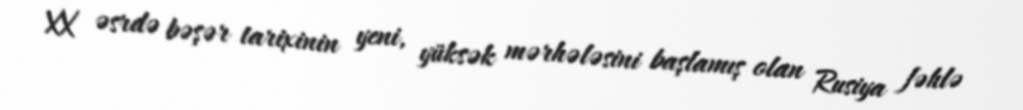
XX əsrdə bəşər tarixinin yeni, yüksək mərhələsini başlamış olan Rusiya fəhlə